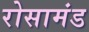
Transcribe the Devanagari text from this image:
रोसामंड